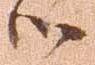
御